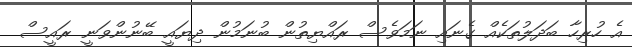
އެ ހުރިހާ ބަދަލުތަކެއް ގެނައި ނަމަވެސް ރައްޔިތުން ބުނަމުން ދިޔައީ ބޭނުންވަނީ ރައީސް